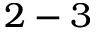
2 - 3